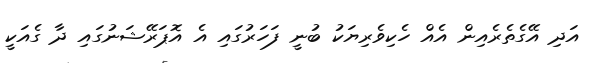
އަދި އޭގެތެރެއިން އެއް ހެކިވެރިޔަކު ބުނީ ފަހަރުގައި އެ އޮޕަރޭޝަނުގައި ދާ ގެއަކީ